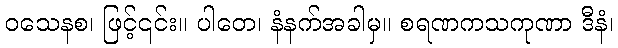
ဝသေနစ၊ ဖြင့်၎င်း။ ပါတေ၊ နံနက်အခါမှ။ စရဏကသကုဏာ ဒီနံ၊